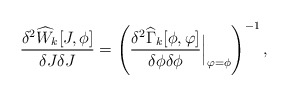
\begin{align*}\frac{\delta^2 \widehat{W}_k[J,\phi]}{\delta J\delta J}=\left( \frac{\delta^2 \widehat{\Gamma}_k[\phi,\varphi]}{\delta\phi\delta\phi} {\Big |}_{\varphi=\phi}\right)^{-1},\end{align*}